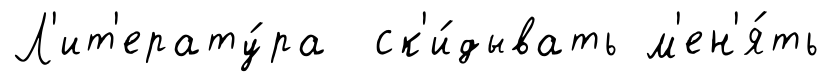
Л'ит'ерату́ра ск'и́дывать м'ен'я́ть